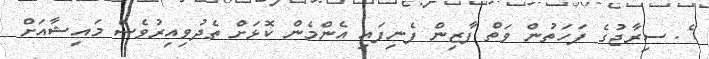
ެ. ސިރާޖުގެ ފަހަތުން ވަތް ފާޒިން ފެނިފައި އެންމެން ކޮޅަށް ތެދުވިއިރުވެސް މައިޝާއަށް